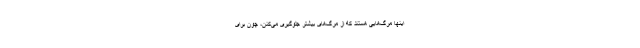
اینها مرگ‌هایی هستند که از مرگ‌های بیشتر جلوگیری می‌کنن، چون برای